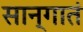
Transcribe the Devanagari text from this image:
सान्गातं